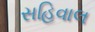
સહિવાલ